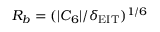
R _ { b } = ( | C _ { 6 } | / \delta _ { \mathrm { E I T } } ) ^ { 1 / 6 }